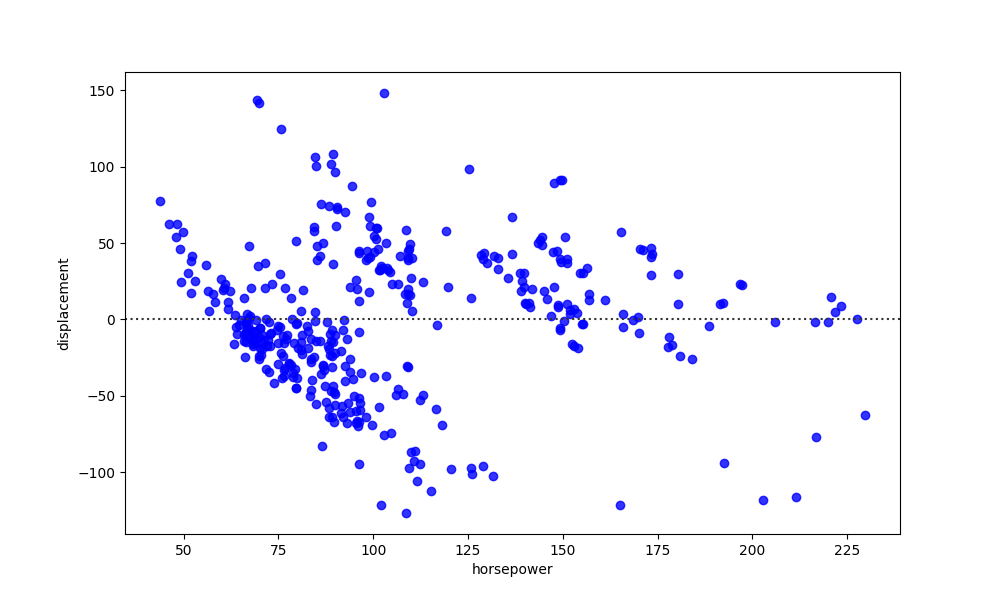
python, seaborn, residplot, lowess=False, scatter_color=blue